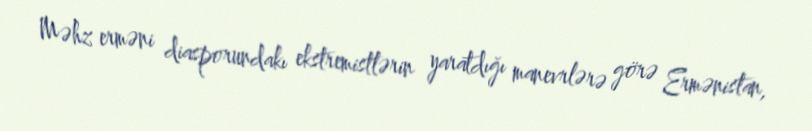
Məhz erməni diasporundakı ekstremistlərin yaratdığı manevrlərə görə Ermənistan,